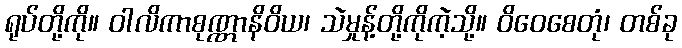
ရုပ်တို့ကို။ ဝါလိကာစုဏ္ဏာနိဝိယ၊ သဲမှုန့်တို့ကိုကဲ့သို့။ ဝိဝေစေတုံ၊ တစ်ခု